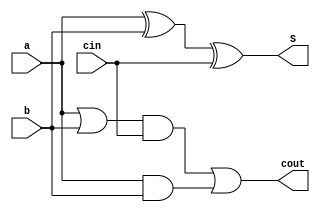
`timescale 1ns/1ns
module FullAdder( input a,input b, input cin , output S, output cout);
 
wire  p,r,s,t;

	xor (p,a,b);
	xor (S,p,cin);
	
	or (t,a,b);
	and(r,t,cin);
	and(s,a,b);
	or(cout,r,s);
 
endmodule